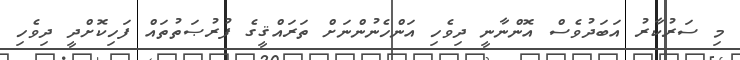
މި ސަރުކާރު އަބަދުވެސް އޮންނާނީ ދިވެހި އަންހެނުންނަށް ތަރައްޤީގެ ފުރުޞަތުތައް ފަހިކޮށްދީ ދިވެހި